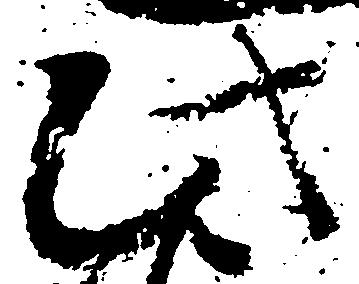
此